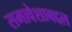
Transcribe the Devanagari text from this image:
समावेशाबद्दल